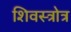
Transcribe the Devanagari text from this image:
शिवस्त्रोत्र